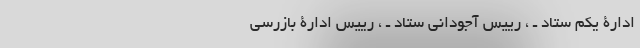
ادارۀ یكم‌ ستاد ـ ‌، رییس‌ آجودانی‌ ستاد ـ ‌، رییس‌ ادارۀ بازرسی‌